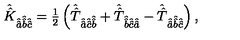
\hat { \hat { K } } _ { \hat { \hat { a } } \hat { \hat { b } } \hat { \hat { c } } } = { \textstyle \frac { 1 } { 2 } } \left( \hat { \hat { T } } _ { \hat { \hat { a } } \hat { \hat { c } } \hat { \hat { b } } } + \hat { \hat { T } } _ { \hat { \hat { b } } \hat { \hat { c } } \hat { \hat { a } } } - \hat { \hat { T } } _ { \hat { \hat { a } } \hat { \hat { b } } \hat { \hat { c } } } \right) ,